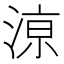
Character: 鿌